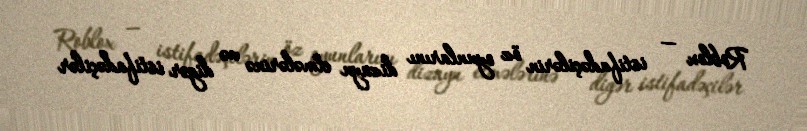
Roblox — istifadəçilərin öz oyunlarını dizayn etmələrinə və digər istifadəçilər